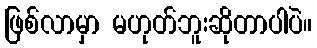
ဖြစ်လာမှာ မဟုတ်ဘူးဆိုတာပါပဲ။